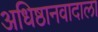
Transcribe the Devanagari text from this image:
अधिष्ठानवादाला